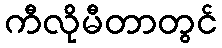
ကီလိုမီတာတွင်